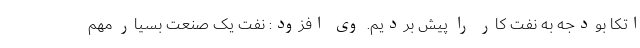
اتکا بودجه به نفت کار را پیش بردیم. وی افزود: نفت یک صنعت بسیار مهم